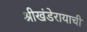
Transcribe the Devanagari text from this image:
श्रीखंडेरायाची